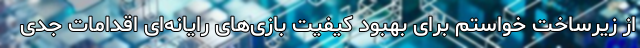
از زیرساخت خواستم برای بهبود کیفیت بازی‌های رایانه‌ای اقدامات جدی